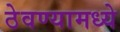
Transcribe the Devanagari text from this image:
ठेवण्यामध्ये